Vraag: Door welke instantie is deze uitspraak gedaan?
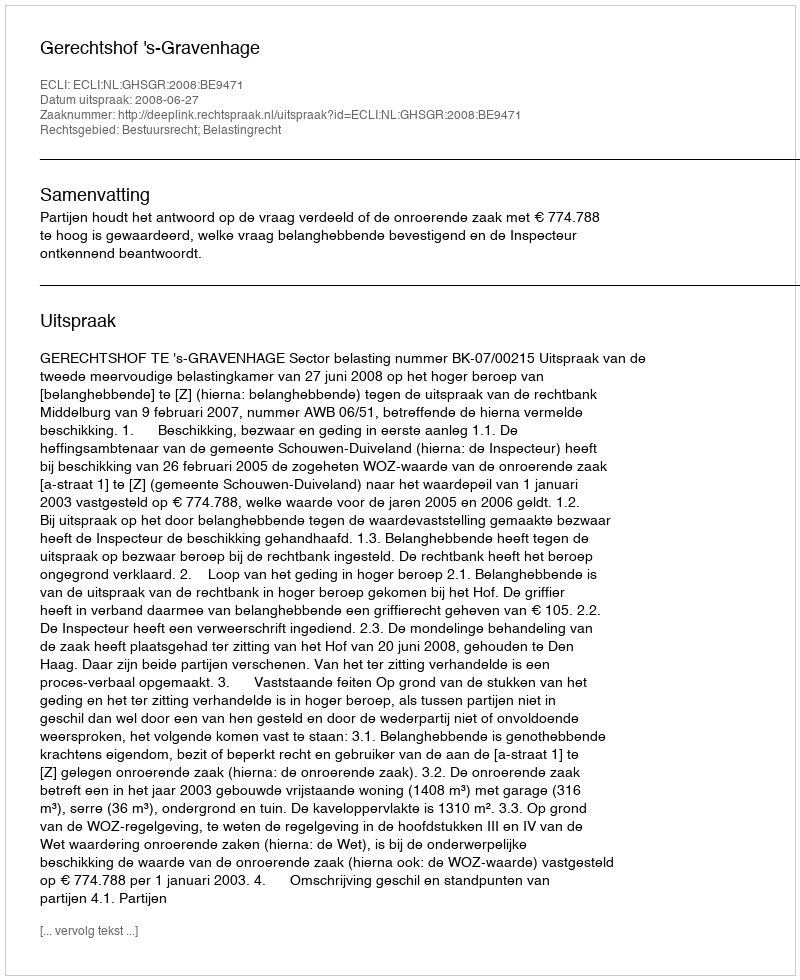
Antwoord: Gerechtshof 's-Gravenhage